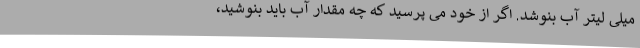
میلی لیتر آب بنوشد. اگر از خود می پرسید که چه مقدار آب باید بنوشید،